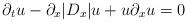
LaTeX: \begin{align*}\partial_tu-\partial_x|D_x|u+u\partial_xu=0\end{align*}